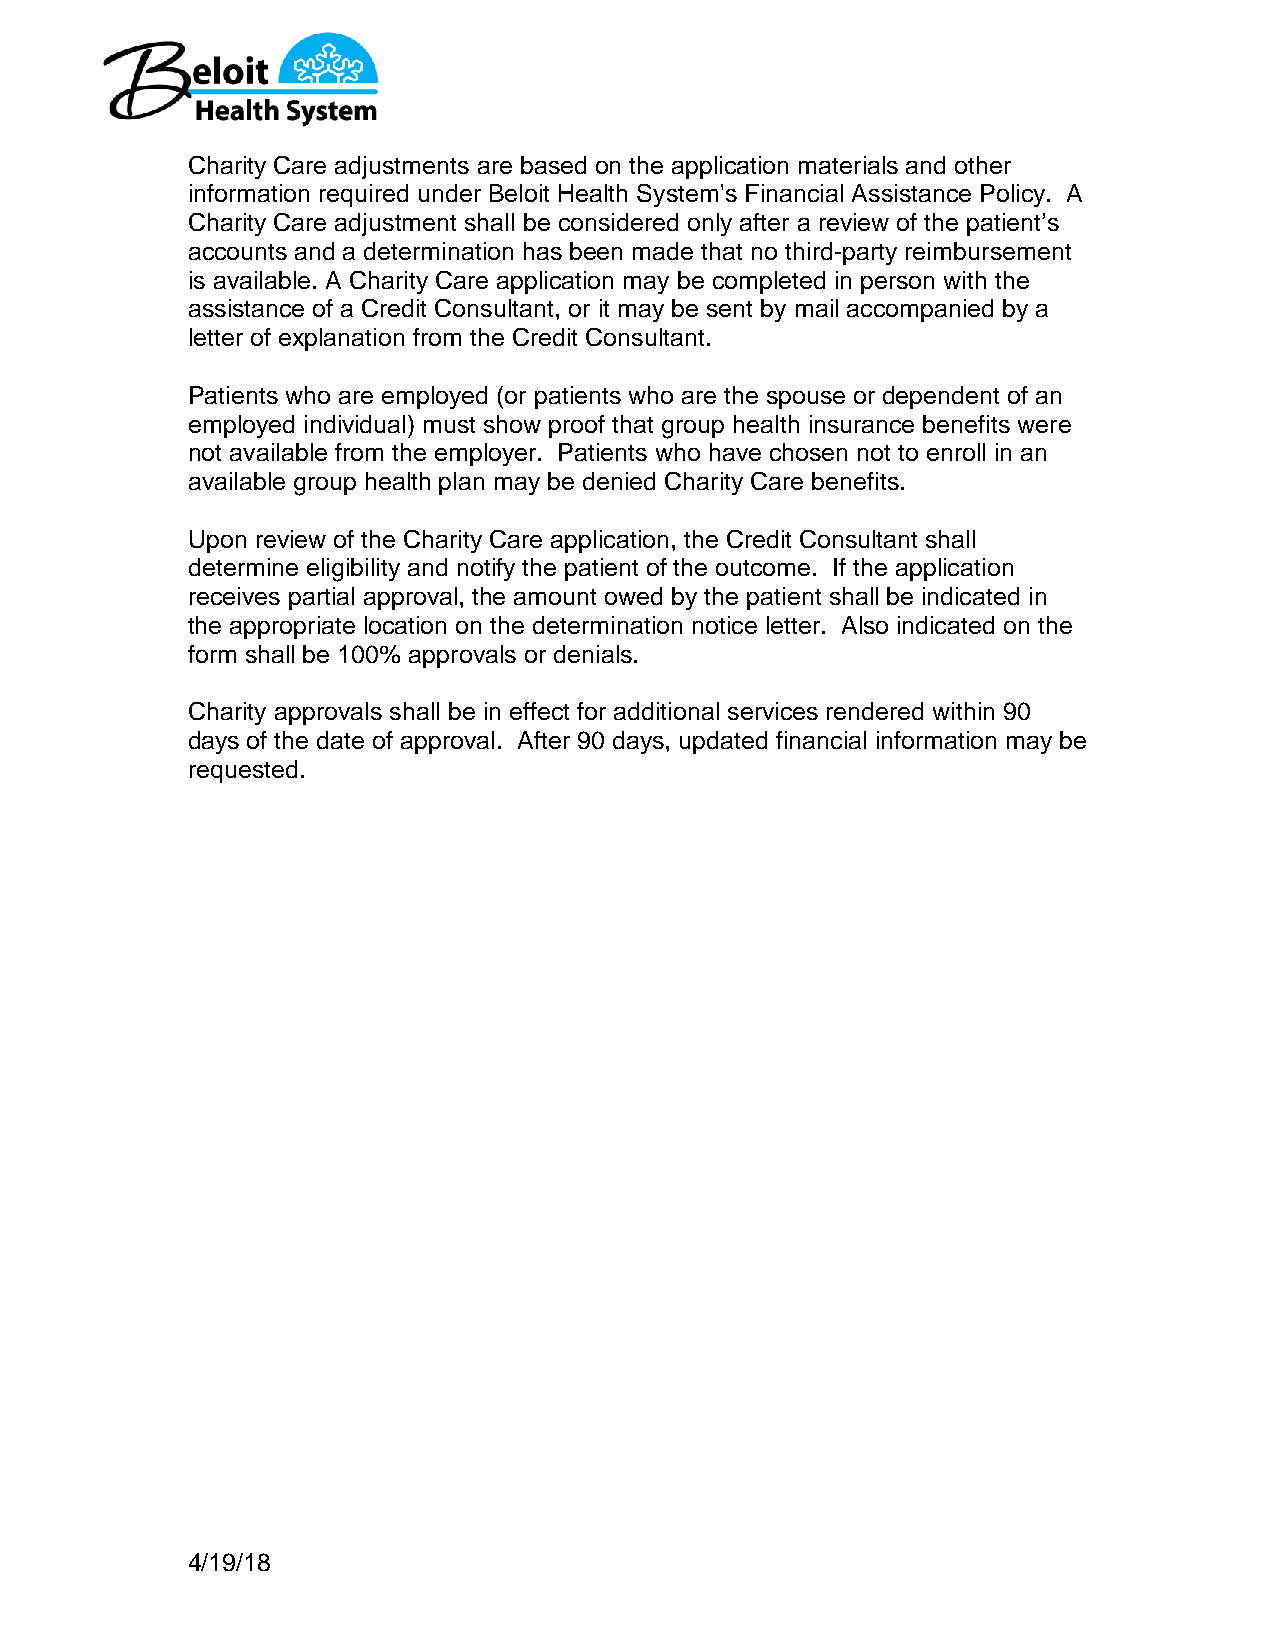
Charity Care adjustments are based on the application materials and other
 information required under Beloit Health System's Financial Assistance Policy. A
 Charity Care adjustment shall be considered only after a review of the patient’s
 accounts and a determination has been made that no third-party reimbursement
 is available. A Charity Care application may be completed in person with the
 assistance of a Credit Consultant, or it may be sent by mail accompanied by a
 letter of explanation from the Credit Consultant.
 Patients who are employed (or patients who are the spouse or dependent of an
 employed individual) must show proof that group health insurance benefits were
 not available from the employer. Patients who have chosen not to enroll in an
 available group health plan may be denied Charity Care benefits.
 Upon review of the Charity Care application, the Credit Consultant shall
 determine eligibility and notify the patient of the outcome. If the application
 receives partial approval, the amount owed by the patient shall be indicated in
 the appropriate location on the determination notice letter. Also indicated on the
 form shall be 100% approvals or denials.
 Charity approvals shall be in effect for additional services rendered within 90
 days of the date of approval. After 90 days, updated financial information may be
 requested.
 4/19/18